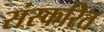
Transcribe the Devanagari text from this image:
संस्करित